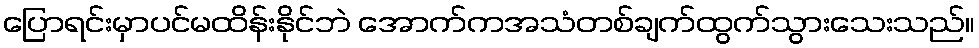
ပြောရင်းမှာပင်မထိန်းနိုင်ဘဲ အောက်ကအသံတစ်ချက်ထွက်သွားသေးသည်။